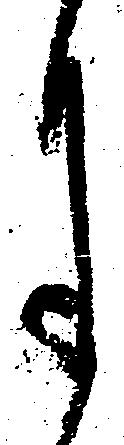
月